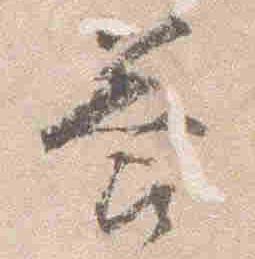
答